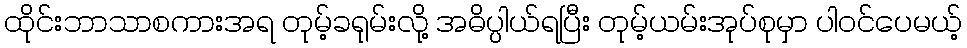
ထိုင်းဘာသာစကားအရ တုမ့်ခရုမ်းလို့ အဓိပ္ပါယ်ရပြီး တုမ့်ယမ်းအုပ်စုမှာ ပါဝင်ပေမယ့်